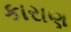
કારાણ